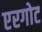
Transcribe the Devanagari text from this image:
एरगोट